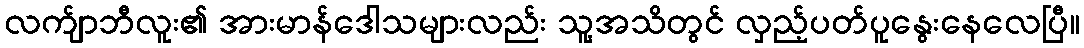
လက်ျာဘီလူး၏ အားမာန်ဒေါသများလည်း သူ့အသိတွင် လှည့်ပတ်ပူနွေးနေလေပြီ။